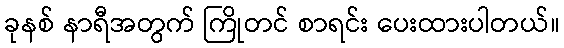
ခုနစ် နာရီအတွက် ကြိုတင် စာရင်း ပေးထားပါတယ်။